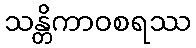
သန္တိကာဝစရဿ